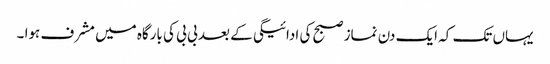
یہاں تک کہ ایک دن نماز صبح کی ادائیگی کے بعد بی بی کی بارگاہ میں مشرف ہوا ۔